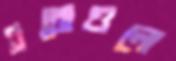
এত্তোগুলো